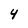
Character: 4